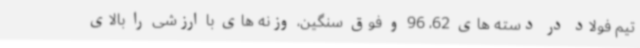
تیم فولاد در دسته های 62، 96 و فوق سنگین، وزنه های با ارزشی را بالای